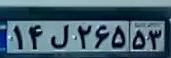
۱۴ل۲۶۵۵۳